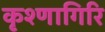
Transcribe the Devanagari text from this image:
कृश्णागिरि